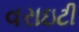
વરાઇટી